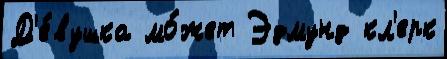
Д'е́вушка мо́жет Эдмунд кл'ерк